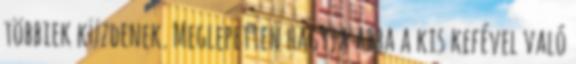
többiek küzdenek. Meglepetten hagyja abba a kis kefével való